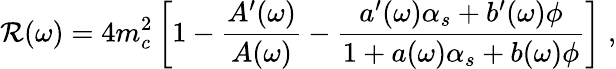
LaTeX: {\cal{R}}(\omega)=4m_{c}^{2}\left[1-\frac{A^{\prime}(\omega)}{A(\omega)}-\frac{a^{\prime}(\omega)\alpha_{s}+b^{\prime}(\omega)\phi}{1+a(\omega)\alpha_{s}+b(\omega)\phi}\right]\; ,